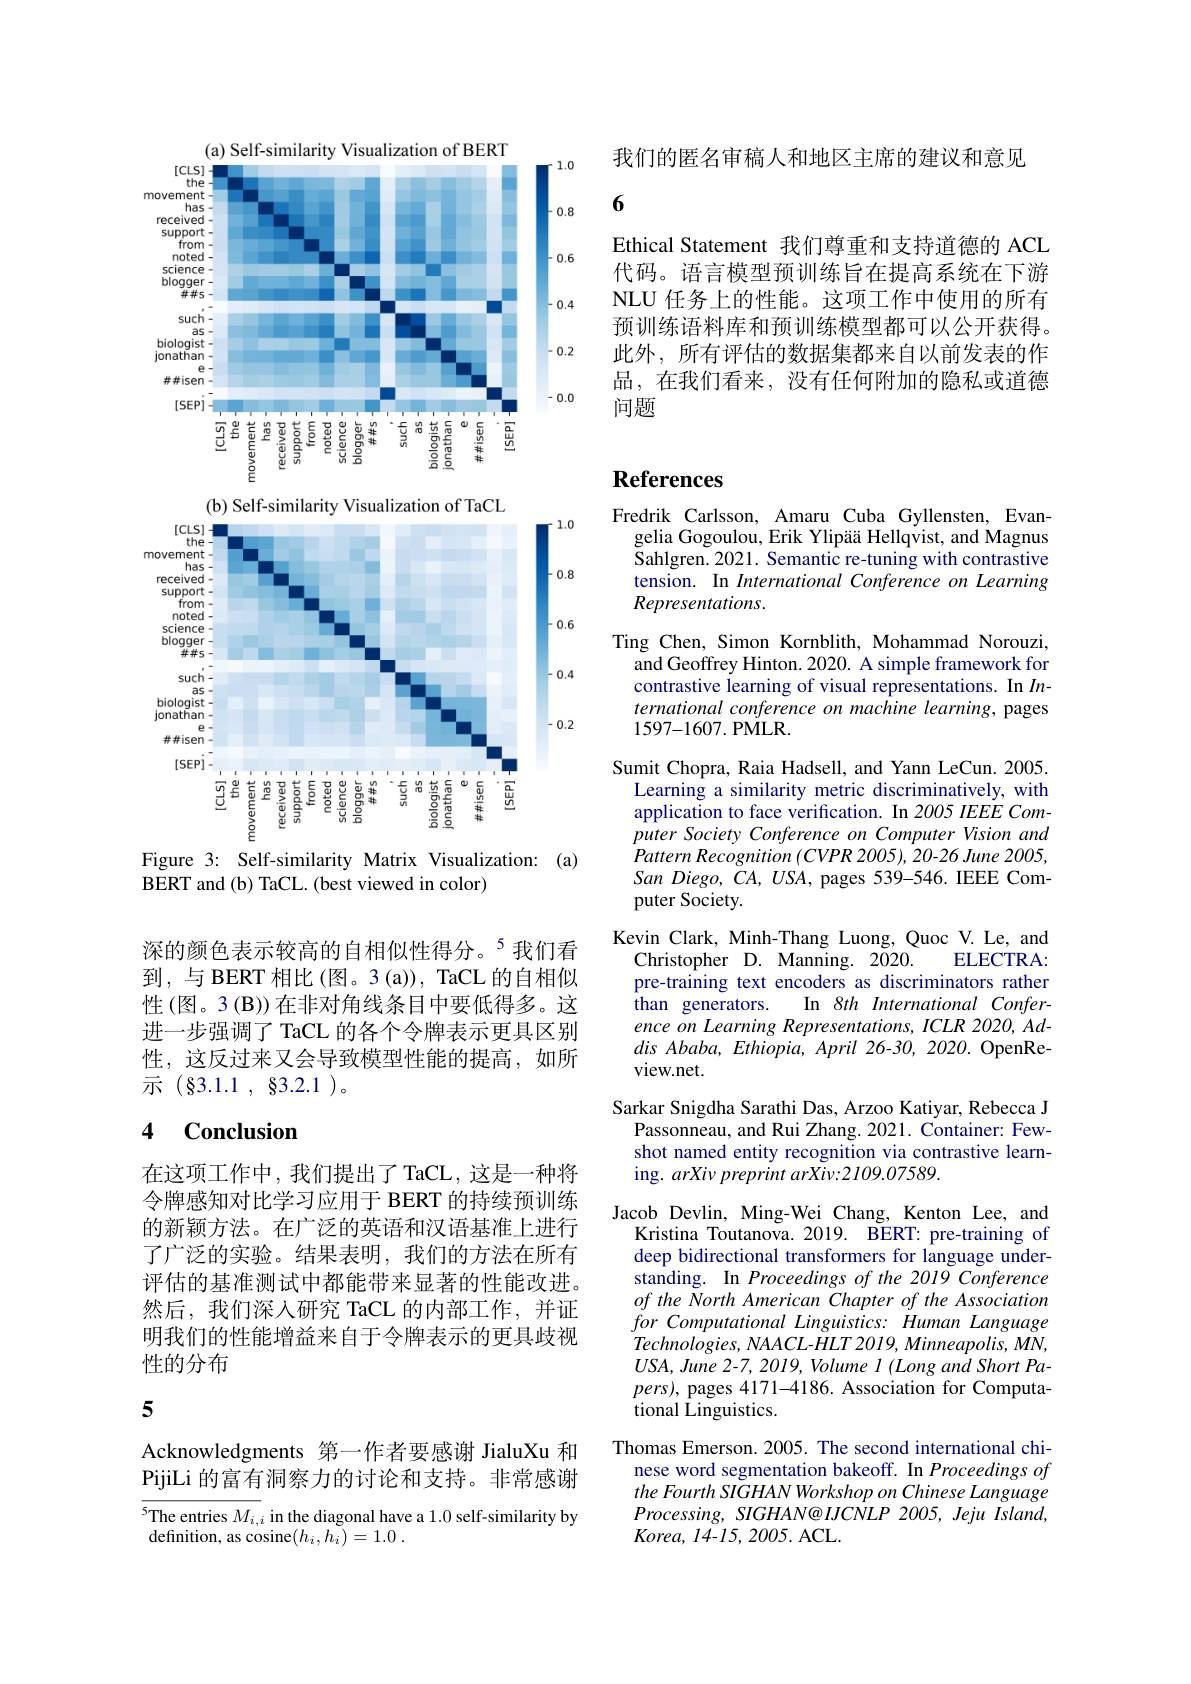
<FigureHere>

Figure 3: Self-similarity Matrix Visualization: (a)

BERT and (b) TaCL. (best viewed in color)

深的颜色表示较高的自相似性得分。$^{5}$我们看到，与 BERT 相比(图。3(a)), TaCL 的自相似性(图。3(B))在非对角线条目中要低得多。这进一步强调了 TaCL 的各个令牌表示更具区别性，这反过来又会导致模型性能的提高，如所示(83.1.1,83.2.1)。

## 4 Conclusion

在这项工作中，我们提出了TaCL，这是一种将令牌感知对比学习应用于 BERT 的持续预训练的新颖方法。在广泛的英语和汉语基准上进行了广泛的实验。结果表明，我们的方法在所有评估的基准测试中都能带来显著的性能改进。然后，我们深人研究 TaCL 的内部工作，并证明我们的性能增益来自于令牌表示的更具歧视性的分布

5

Acknowledgments 第一作者要感谢 JialuXu 和PijiLi 的富有洞察力的讨论和支持。非常感谢

$^{5}$The entries $M_i,i$ in the diagonal have a 1.0 self-similarity by
definition, as cosine$( h_i, \bar{h_i} ) = 1. 0$ .

我们的匿名审稿人和地区主席的建议和意见

6

Ethical Statement 我们尊重和支持道德的 ACL 代码。语言模型预训练旨在提高系统在下游NLU 任务上的性能。这项工作中使用的所有预训练语料库和预训练模型都可以公开获得。此外，所有评估的数据集都来自以前发表的作品，在我们看来，没有任何附加的隐私或道德问题

# References

Fredrik Carlsson, Amaru Cuba Gyllensten, Evan-
gelia Gogoulou, Erik Ylipää Hellqvist, and Magnus Sahlgren. 2021. Semantic re-tuning with contrastive tension. In International Conference on Learning Representations.
Ting Chen, Simon Kornblith, Mohammad Norouzi,
and Geoffrey Hinton. 2020. A simple framework for contrastive learning of visual representations. In $In$- ternational conference on machine learning, pages 1597-1607. PMLR.
Sumit Chopra, Raia Hadsell, and Yann LeCun. 2005.
Learning a similarity metric discriminatively, with application to face verification. In 2005 IEEE Computer Society Conference on Computer Vision and Pattern Recognition (CVPR 2005), 20-26 June 2005, San Diego, $\tilde{C}A,USA$, pages 539-546. IEEE Computer Society.
Kevin Clark, Minh-Thang Luong, Quoc V. Le, and
ELECTRA:
Christopher D. Manning. 2020.
pre-training text encoders as discriminators rather
$\hat{\text{than generators.}}$
In 8th International Confer-
ence on Learning Representations, ICLR 2020, Addis Ababa, Ethiopia, April 26-30, 2020. OpenReview.net.
Sarkar Snigdha Sarathi Das, Arzoo Katiyar, Rebecca J
Passonneau, and Rui Zhang. 2021. Container: Fewshot named entity recognition via contrastive learning. arXiv preprint arXiv:2109.07589.
Jacob Devlin, Ming-Wei Chang, Kenton Lee, and
Kristina Toutanova. 2019. BERT: pre-training of deep bidirectional transformers for language understanding. In Proceedings of the 2019 Conference of the North American Chapter of the Association for Computational Linguistics: Human Language Technologies, NAACL-HLT 2019, Minneapolis, MN, $USA,June$ 2-7, 2019, Volume $I(LongandShortPa-$ $pers)$, pages 4171-4186. Association for Computational Linguistics.
Thomas Emerson. 2005. The second international chi-
nese word segmentation bakeoff. In Proceedings of the Fourth SIGHAN Workshop on Chinese Language Processing, SIGHAN@IJCNLP 2005, Jeju Island, $Korea$, 14-15, 2005. ACL.